Report on vaccination North-West Frontier Province 1904-1922 - 1904-1922
Year: 1904
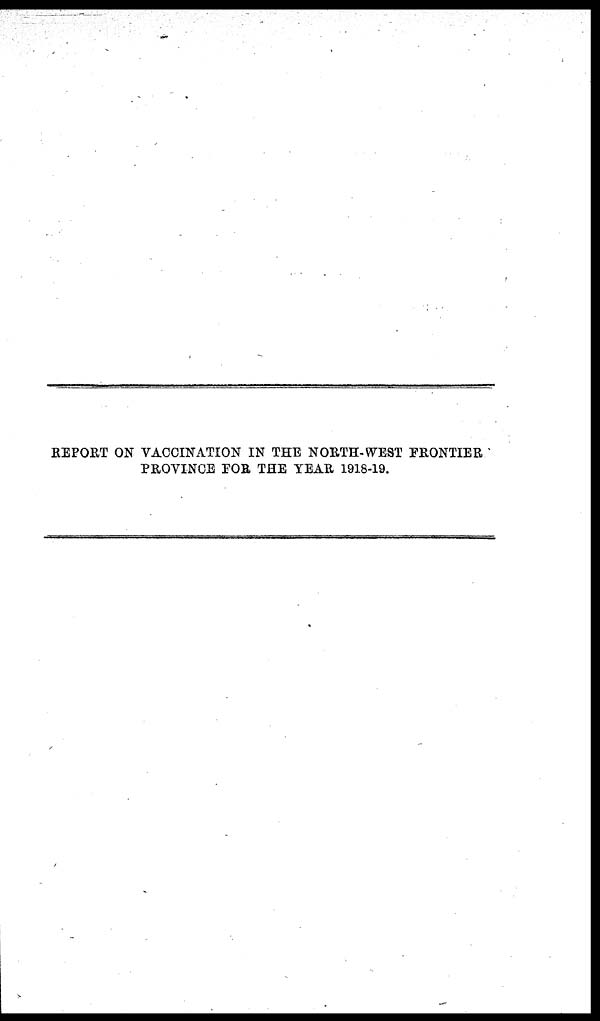
REPORT ON VACCINATION IN THE NORTH-WEST FRONTIER
PROVINCE FOR THE YEAR 1918-19.